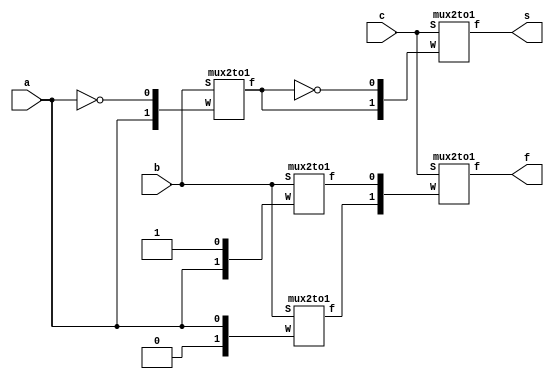
module ques3(a,b,c,s,f);
    input a,b,c;
    output f,s;
    wire [0:1]W1;
    wire [0:1]W2;
    wire [0:1]W3;
    wire g1;
    wire g2;
    wire g3;
    assign W1 = {a, ~a};
    assign W2 = {1'b0, a};
    assign W3 = {a, 1'b1};
    mux2to1 m1(W1,b, g1);
    mux2to1 m2({g1, ~g1},c, s);
    mux2to1 m3(W2,b, g2);
    mux2to1 m4(W3,b,g3);
    mux2to1 m5({g2,g3},c,f);
endmodule

module mux2to1(W,S,f);
    input [0:1]W;
    input S;
    output reg f;
    always@(W or S)
        if(S==0)
            f = W[0];
        else 
            f = W[1];
endmodule